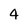
Character: 4